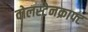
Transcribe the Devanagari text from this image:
वोलस्टेनक्राफ्ट